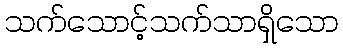
သက်သောင့်သက်သာရှိသော